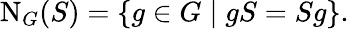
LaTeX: \mathrm{N}_{G}(S)=\{ g\in G\mid gS=Sg\} .